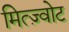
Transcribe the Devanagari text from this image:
मित्ज़्वोट